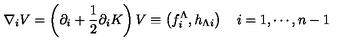
\nabla _ { i } V = \left( \partial _ { i } + { \frac { 1 } { 2 } } \partial _ { i } K \right) V \equiv \left( f _ { i } ^ { \Lambda } , h _ { \Lambda i } \right) \quad i = 1 , \cdots , n - 1